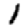
Digit: 1